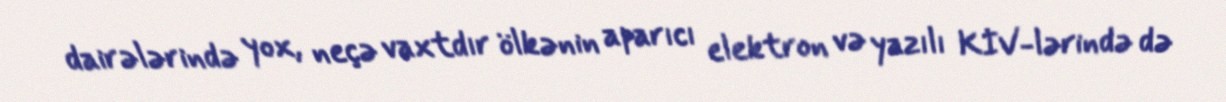
dairələrində yox, neçə vaxtdır ölkənin aparıcı elektron və yazılı KİV-lərində də